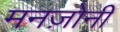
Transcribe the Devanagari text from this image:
मनज़ोनी